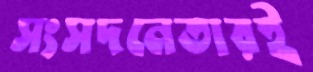
সংসদনেতারই